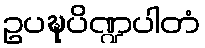
ဥပဍ္ဎပိဏ္ဍပါတံ